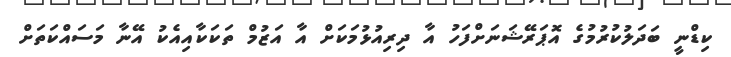
ކިޑްނީ ބަދަލުކުރުމުގެ އޮޕަރޭޝަނަށްފަހު އާ ދިރިއުޅުމަކަށް އާ އަޒުމް ތަކަކާއިއެކު އޭނާ މަސައްކަތަށް